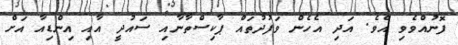
ފޮނުއްވެވި އެވެ. އަދި އެހެން ވަފުދުތައް ޕާކިސްތާނާއި ސައުދީ އާއި އިންޑިއާ އަށް